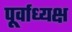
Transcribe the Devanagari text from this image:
पूर्वाध्यक्ष